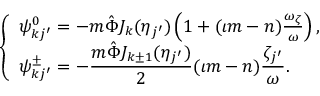
\begin{array} { r } { \left\{ \begin{array} { l } { \psi _ { k j ^ { \prime } } ^ { 0 } = - m \hat { \Phi } J _ { k } ( \eta _ { j ^ { \prime } } ) \left( 1 + ( \iota m - n ) \frac { \omega _ { \zeta } } { \omega } \right) , } \\ { \displaystyle \psi _ { k j ^ { \prime } } ^ { \pm } = - \frac { m \hat { \Phi } J _ { k \pm 1 } ( \eta _ { j ^ { \prime } } ) } { 2 } ( \iota m - n ) \frac { \zeta _ { j ^ { \prime } } } { \omega } . } \end{array} \right. } \end{array}